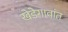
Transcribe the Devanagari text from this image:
खेडेगावांत